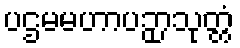
ပဌမမဟာပဉှာသုတ္တံ